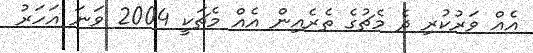
އެއް ވަރުކުރި ދެ މެޗުގެ ތެރެއިން އެއް މެޗަކީ 2004 ވަނަ އަހަރު